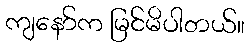
ကျနော်က မြင်မိပါတယ်။